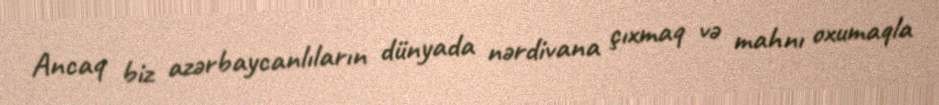
Ancaq biz azərbaycanlıların dünyada nərdivana çıxmaq və mahnı oxumaqla